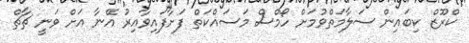
ކްރޫޒް ކިބައިން ސަލާމަތްވުމަށް ހޯމްސް މަސައްކަތް ފަށާފައިވާއިރު އޭނާ އަށް ވަނީ ޗާޗް